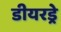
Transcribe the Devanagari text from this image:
डीयरड्रे